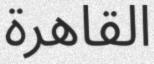
القاھرة